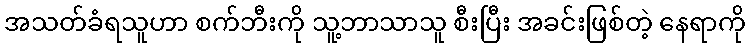
အသတ်ခံရသူဟာ စက်ဘီးကို သူ့ဘာသာသူ စီးပြီး အခင်းဖြစ်တဲ့ နေရာကို